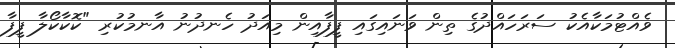
ވެއްޓުމަކާއެކު ސަރަހައްދުގެ ތިން ވަނައިގައި ފީފާއިން މިއަދު ހެނދުނު އާނމުކުރި "ކޮކާކޯލާ ފީފާ